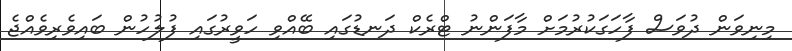
މިނިވަން ދުވަސް ފާހަގަކުރުމަށް މާފަންނު ޓްރެކް ދަނޑުގައި ބޭއްވި ހަވީރުގައި ފުލުހުން ބައިވެރިވެއްޖެ